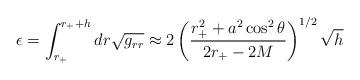
LaTeX: \begin{align*}\epsilon = \int_{r_+}^{r_+ + h} dr \sqrt{g_{rr}} \approx 2 \left( \frac{ r_+^2 + a^2 \cos^2 \theta }{ 2 r_+ - 2 M } \right)^{1/2} \sqrt{h}\end{align*}